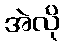
အဲလို